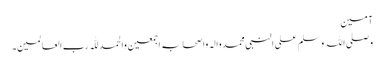
آمین
وصلی اللہ وسلم علی النبی محمد والہ واصحابہ اجمعین والحمد للّٰہ رب العالمین۔